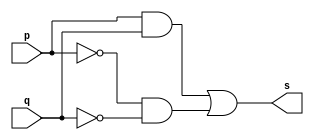
// ---------------------
// Exercicio07 - xnor
// Nome: Raphael Quintao
// ---------------------
// ---------------------
// -- xnor gate
// ---------------------
module xnorgate (output s, input p, q);
assign s = (p & q) | (~p & ~q);
endmodule // xnor
// ---------------------
// -- test xorgate
// ---------------------
module testxnorgate;
// ------------------------- dados locais
reg a,b; // definir registrador
wire s; // definir conexao (fio)
// ------------------------- instancia
xnorgate xnor1 (s, a, b);
// ------------------------- preparacao
initial begin:start
a=0;
b=0; 
end
// ------------------------- parte principal
initial begin:main
$display("Exercicio07 - Raphael Quintao - 445171");
$display("Test xnor gate");
$display("\na x b = s\n");
$monitor("%b x %b = %b", a, b, s);

#1 a=0; b=0; 
#1 a=0; b=1; 
#1 a=1; b=0; 
#1 a=1; b=1;

end
endmodule // testxorgate